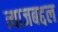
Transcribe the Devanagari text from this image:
त्याजबद्दल